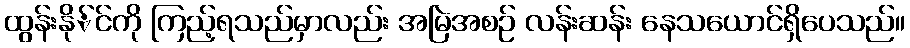
ထွန်းနို်င်ကို ကြည့်ရသည်မှာလည်း အမြဲအစဉ် လန်းဆန်း နေသယောင်ရှိပေသည်။